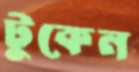
টুকেন